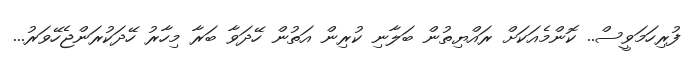
ފުރިހަމަވީސް.. ކޮންމެއަކަށް ރައްޔިތުން ބަލާނި ކުރިން އަތުން ހޭދަވާ ބަރާ މިހާރު ހޭދަކުރަންޖެހޭވަރު...